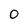
Character: O